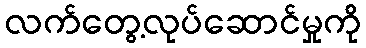
လက်တွေ့လုပ်ဆောင်မှုကို